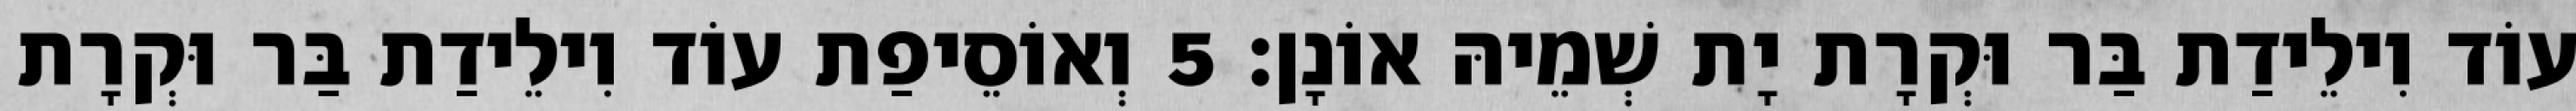
עוֹד וִילֵידַת בַּר וּקְרָת יָת שְׁמֵיהּ אוֹנָן׃ 5 וְאוֹסֵיפַת עוֹד וִילֵידַת בַּר וּקְרָת